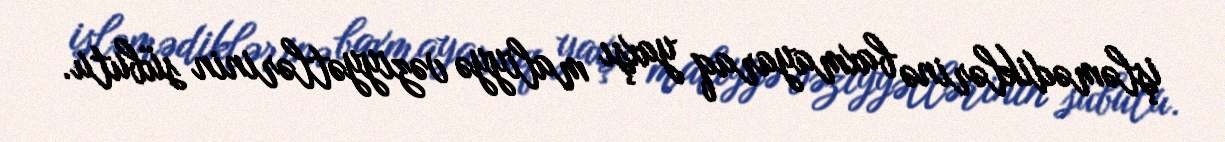
işləmədiklərinə baxmayaraq yaxşı maliyyə vəziyyətlərinin sübutu.